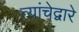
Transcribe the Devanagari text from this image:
त्यांचेद्वारे